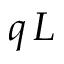
q \, L